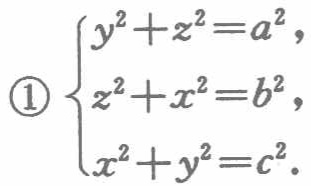
\[\begin{cases}

y^{2}+z^{2}=a^{2},\\

z^{2}+x^{2}=b^{2},\\

x^{2}+y^{2}=c^{2}.

\end{cases}\]